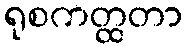
ရုစကတ္ထတာ